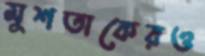
মুশতাকেরও